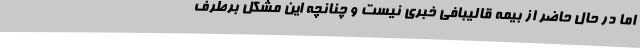
اما در حال حاضر از بیمه قالیبافی خبری نیست و چنانچه این مشکل برطرف